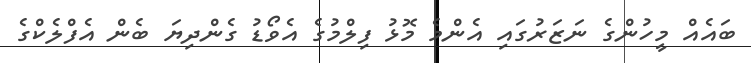
ބައެއް މީހުންގެ ނަޒަރުގައި އެންމެ މޮޅު ފިލްމުގެ އެވޯޑު ގެންދިޔަ ބެން އެފްލެކްގެ